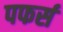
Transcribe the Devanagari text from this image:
पफर्स